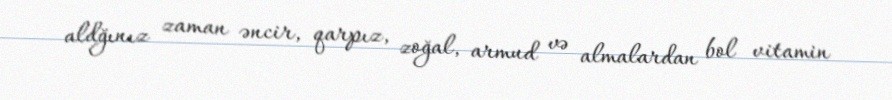
aldğınız zaman əncir, qarpız, zoğal, armud və almalardan bol vitamin